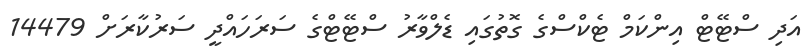
އަދި ސްޓޭޓް އިންކަމް ޓެކްސްގެ ގޮތުގައި ޑެލްވާރު ސްޓޭޓްގެ ސަރަހައްދީ ސަރުކާރަށް 14479